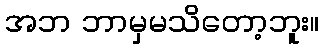
အဘ ဘာမှမသိတော့ဘူး။